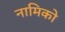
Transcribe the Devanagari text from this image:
नामिको